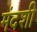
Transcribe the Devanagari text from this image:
मंदशी